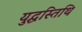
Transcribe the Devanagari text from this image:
युद्धस्तिथि